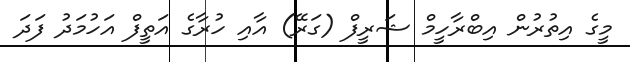
މީގެ އިތުރުން އިބްރާހީމް ޝަރީފް (ގަރޭ) އާއި ހުރާގެ އަތީފް އަހުމަދު ފަދަ